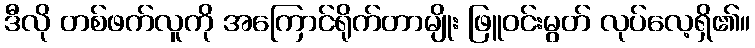
ဒီလို တစ်ဖက်လူကို အကြောင်ရိုက်တာမျိုး ဖြူဝင်းမွတ် လုပ်လေ့ရှိ၏။